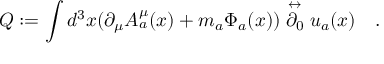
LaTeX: Q : = \int d ^ { 3 } x ( \partial _ { \mu } A _ { a } ^ { \mu } ( x ) + m _ { a } \Phi _ { a } ( x ) ) \stackrel { \leftrightarrow } { \partial _ { 0 } } u _ { a } ( x ) \quad .